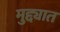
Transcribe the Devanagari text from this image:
मुद्द्यात